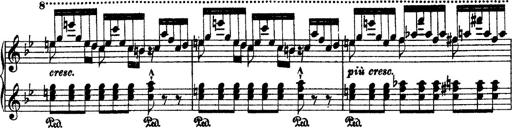
Title: 2 KonzertetÃ¼den
Composer: Franz Liszt